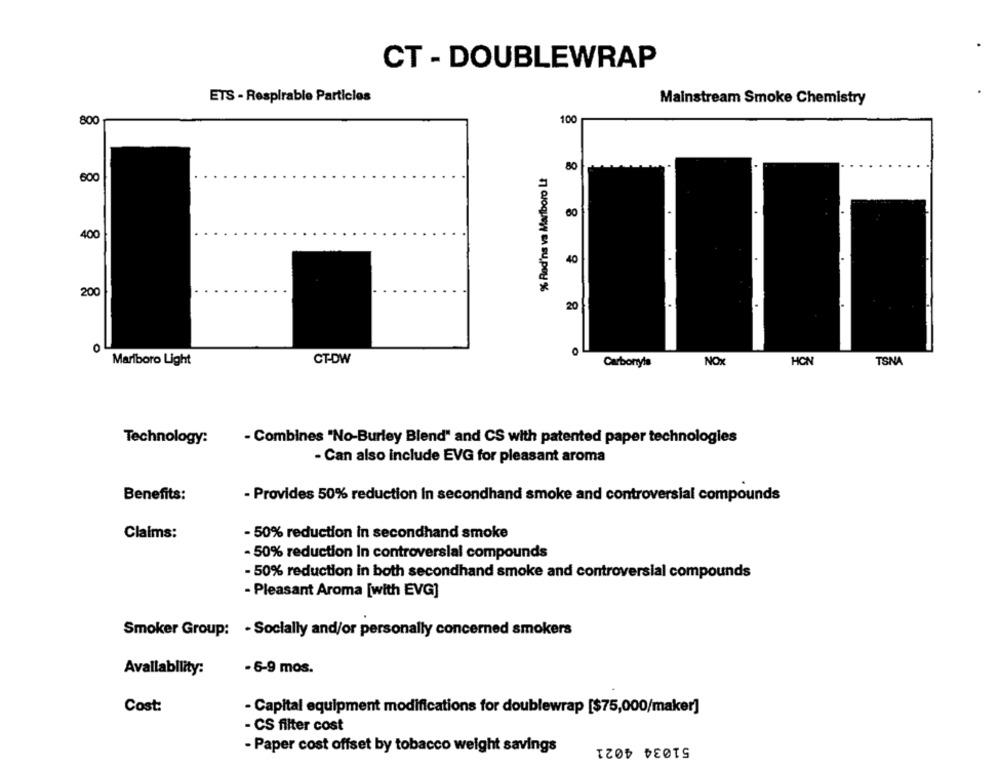
CT - DOUBLEWRAP
ETS - Respirable Particles
Mainstream Smoke Chemistry
800
100
% Rad'ns va Mariboro Lt
80
600
60
400
40
200
8 9
20
0
Marlboro Light
CT-DW
NO:
HON
TSNA
Carbonyls
- Combines "No-Burley Blend" and CS with patented paper technologies
Technology:
- Can also include EVG for pleasant aroma
Benefits:
- Provides 50% reduction In secondhand smoke and controversial compounds
Claims:
- 50% reduction in secondhand smoke
- 50% reduction in controversial compounds
- 50% reduction in both secondhand smoke and controversial compounds
- Pleasant Aroma [with EVG]
Smoker Group: - Socially and/or personally concerned smokers
Availability:
- 6-9 mos.
Cost:
- Capital equipment modifications for doublewrap [$75,000/maker]
- CS filter cost
51034 4021
- Paper cost offset by tobacco weight savings